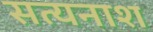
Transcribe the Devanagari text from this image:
सत्यनाश